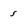
Character: 5